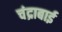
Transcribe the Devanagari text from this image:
चंद्राबाई